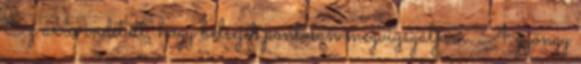
Ez arra indított, hogy belsejét pontosan megvizsgáljam. A gyöngy